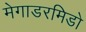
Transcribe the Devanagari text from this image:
मेगाडरमिडो